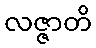
လဇ္ဇာတိ